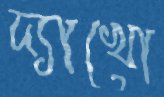
দ্যাখো